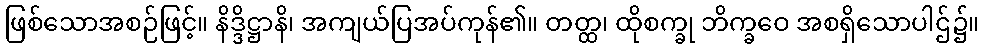
ဖြစ်သောအစဉ်ဖြင့်။ နိဒ္ဒိဋ္ဌာနိ၊ အကျယ်ပြအပ်ကုန်၏။ တတ္ထ၊ ထိုစက္ခု ဘိက္ခဝေ အစရှိသောပါဌ်၌။